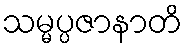
သမ္မပ္ပဇာနာတိ